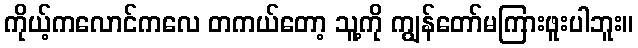
ကိုယ့်ကလောင်ကလေ တကယ်တော့ သူ့ကို ကျွန်တော်မကြားဖူးပါဘူး။